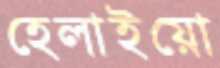
হেলাইয়ো